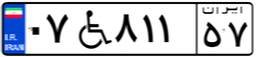
۰۷W۸۱۱۵۷